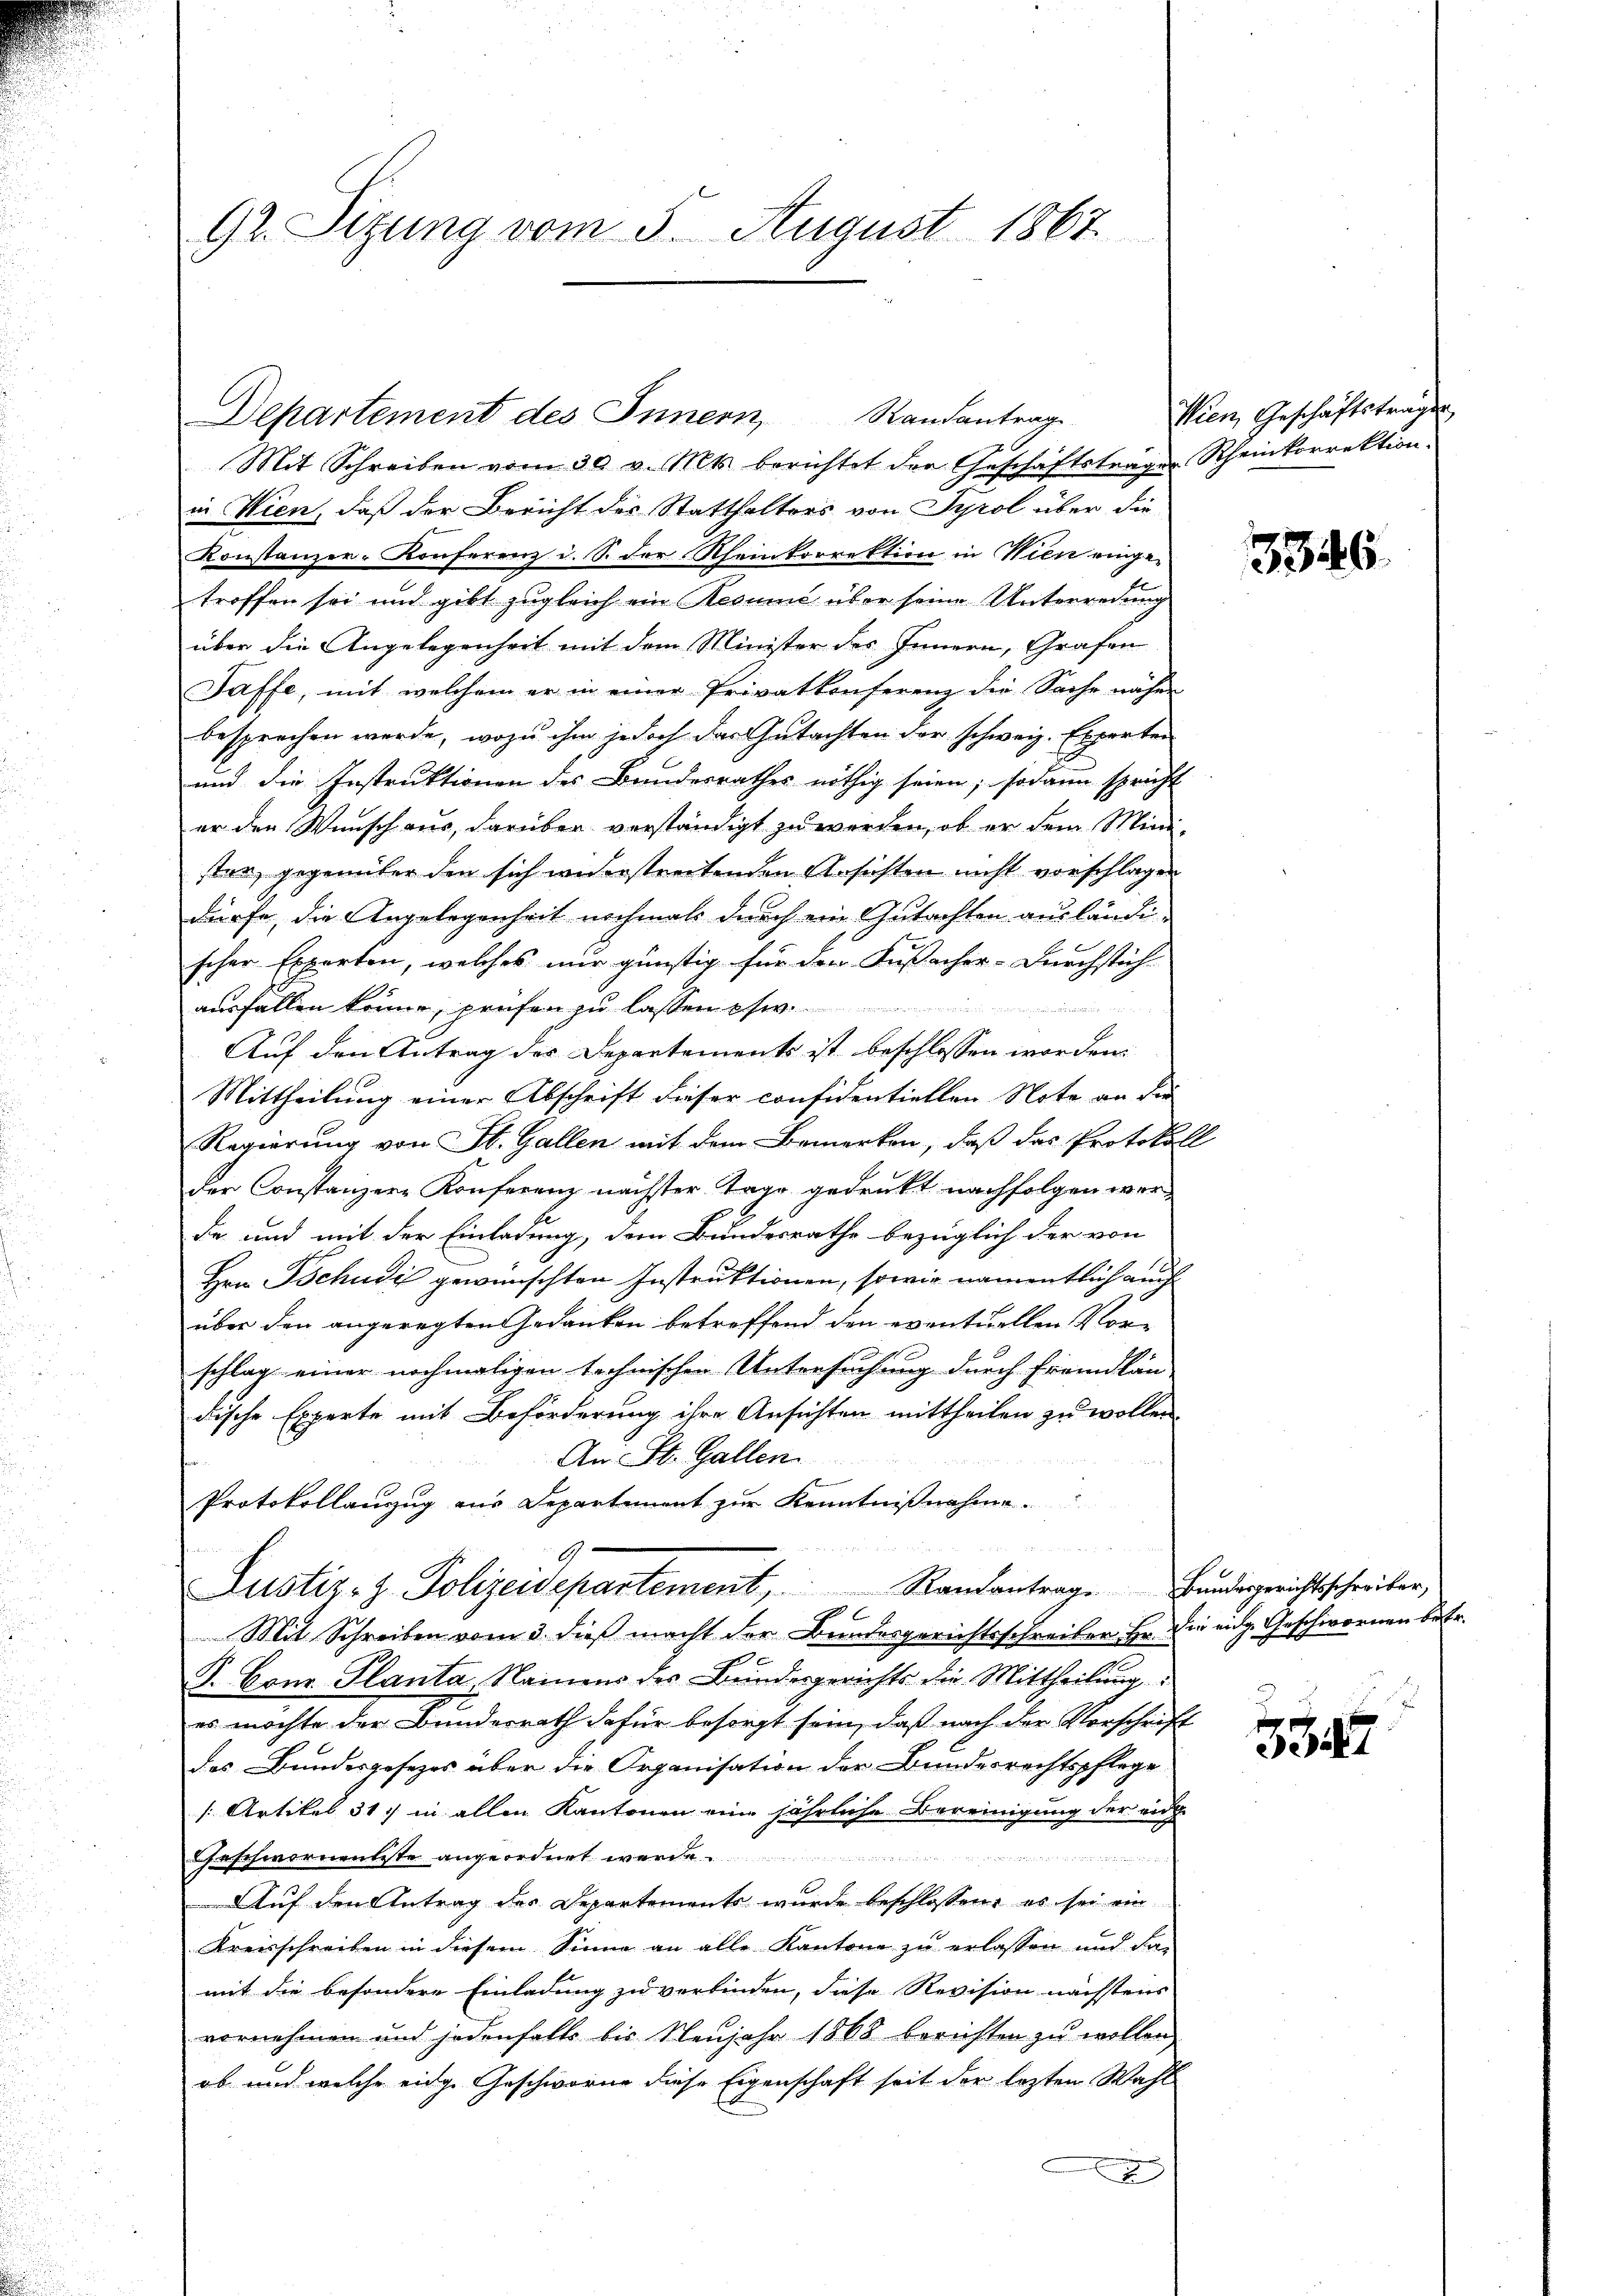
92. Sitzung vom 5. August 1867

in Wien, daß der Bericht des Statthalters von Tyrol über die
Konstanzer-Konferenz u. S. der Rheinkorrektion in Wien eingetroffen sei und gibt zugleich ein Resund über seine Unterredung
über die Angelegenheit mit dem Minister des Innern, Grafen
Taffe, mit welchem er in einer Privatkonferenz die Sache näher
besprechen werde, wozu ihm jedoch das Gutachten der schweiz. Experten
und die Instruktionen des Bundesrathes nöthig seien; sodann spricht
er den Wunsch aus, darüber verständigt zu werden, ob er dem Mini-
ster, gegenüber den sich widerstreitenden Ansichten nicht vorschlagen
dürfe, die Angelegenheit nochmals durch ein Gutachten ausländischer Experten, welches mir günstig für den Fußacher-Durchstich
ausfallen könne, prüfen zu lassen usw.
Auf den Antrag des Departements ist beschlossen worden.
Mittheilung einer Abschrift dieser considentiellen Note an die
Regierung von St. Gallen mit dem Bemerken, daß das Protokoll
der Constanzere Konferenz nächster Tage gedrukt nachfolgen werda und mit der Einladung, dem Bundesrathe bezüglich der von
Hrn. Tschudi gewünschten Instruktionen, sowie namentlich auch
über den angeregten Gedanken betreffend den eventuellen Vor-
schlag einer nochmaligen technischen Untersuchung durch Fremdlän-
dische Experte mit Beförderung ihre Ansichten mittheilen zu wollen.
An St. Gallen.
Protokollanzug aus Departement zur Kenntnißnahme.
Bl 22
Justiz- & Polizeidepartement, Randantrage Hundesgerichtschreiber,
 x
Mit Schreiben vom 3. dieβ macht der Bundesgerichtsschreiber Hr. Die eidg. Geschwornen betr.
F. Hrn. Planta, Namens des Bundesgerichts die Mittheilung
es möchte der Bundesrath dafür besorgt sein, daß nach der Vorschrift
das Bundesgesezes über die Organisation der Bundesrechtspflege
[Artikel 31. in allen Kantonen eine jährliche Bereinigung der ei
Geschwornentste angeordnet werde
Auf den Antrag des Departements wurde beschlossen, es sei ein
Kreisschreiben in diesem Sinne an alle Kantone zu erlassen und da-
mit die besondere Einladung zu verbinden, diese Revision nächstens
vornehmen und jedenfalls bis Neujahr 1868 berichten zu wollen
ob und welche eige Geschworne diese Eigenschaft seit der lezten Wahl
x

Departement des Innern,
Randantrag
Mit Schreiben vom 30. v. Mts. berichtet der Geschäftsträgen Rheinkorrektion.

Wien Geschäftstrage

5346.

347